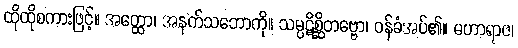
ထိုထိုစကားဖြင့်။ အတ္ထော၊ အနက်သဘောကို။ သမ္ပဋိစ္ဆိတဗ္ဗော၊ ဝန်ခံအပ်၏။ မဟာရာဇ၊